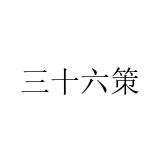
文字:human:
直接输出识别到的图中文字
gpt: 三十六策